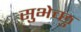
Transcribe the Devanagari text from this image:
सुभेच्छु